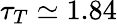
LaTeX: \tau_{T}\simeq 1.84